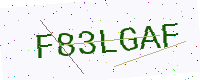
Text: F83LGAF